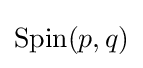
\mathrm {Spin} (p,q)